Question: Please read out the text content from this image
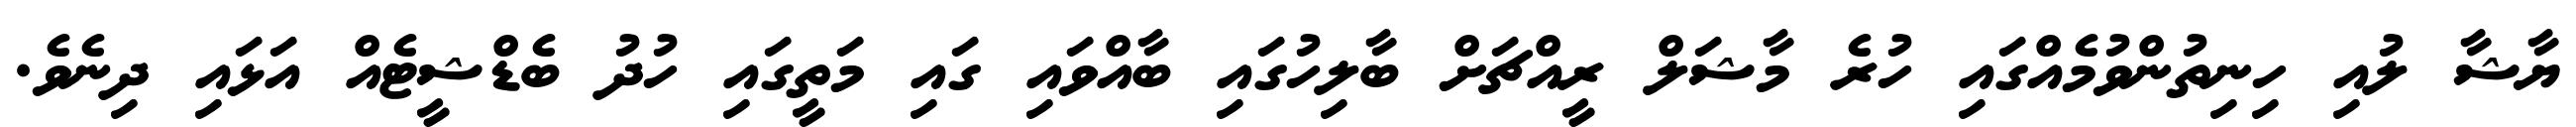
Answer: ޔާޝާ ލުއި ހިނިތުންވުމެއްގައި ހުރެ މާޝަލް ރީއްޗަށް ބާލިހުގައި ބާއްވައި ގައި މަތީގައި ހުދު ބެޑްޝީޓެއް އަޅައި ދިނެވެ.